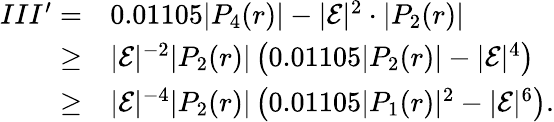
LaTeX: \begin{array}{rl}{III^{\prime}=}&{0.01105|P_{4}(r)|-|\mathcal{E}|^{2}\cdot|P_{2}(r)|}\\ {\geq}&{|\mathcal{E}|^{-2}|P_{2}(r)|\left(0.01105|P_{2}(r)|-|\mathcal{E}|^{4}\right)}\\ {\geq}&{|\mathcal{E}|^{-4}|P_{2}(r)|\left(0.01105|P_{1}(r)|^{2}-|\mathcal{E}|^{6}\right).}\end{array}